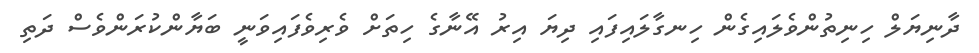
ދާނިޔަލް ހިނިތުންވެލައިގެން ހިނގާލައިފައި ދިޔަ އިރު އޭނާގެ ހިތަށް ވެރިވެފައިވަނީ ބަޔާންކުރަންވެސް ދަތި